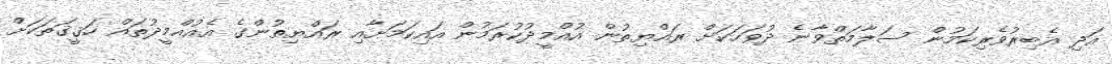
އަދި އެބިރުވެރިކަމުން ސަލާމަތްވާނެ ދުވަހަކަށް ރައްޔިތުން އުއްމީދުކުރަމުން އައިކަމަށާއި ރައްޔިތުންގެ އެއުއްމީދުތައް ހަޤީޤަތަކަށް